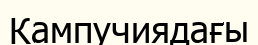
Кампучиядағы